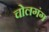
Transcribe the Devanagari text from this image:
चोलगंग